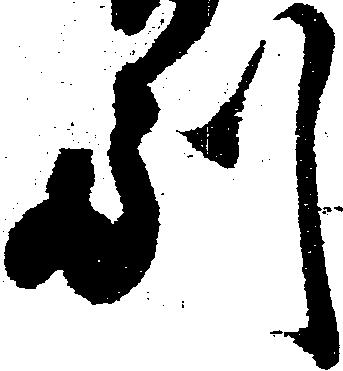
副